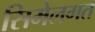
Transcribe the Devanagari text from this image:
सिमेलगत